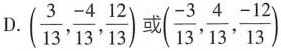
D.(\frac{3}{13}, \frac{-4}{13}, \frac{12}{13})或(\frac{-3}{13}, \frac{4}{13}, \frac{-12}{13})